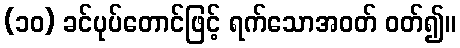
(၁၀) ခင်ပုပ်တောင်ဖြင့် ရက်သောအဝတ် ဝတ်၍။